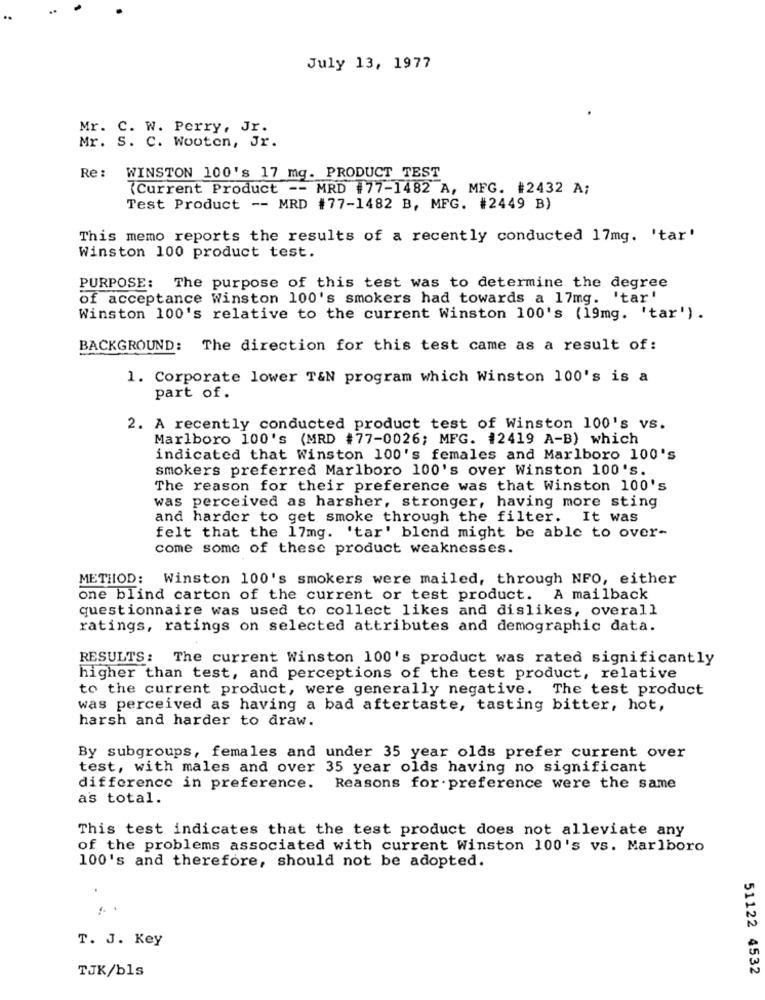
..
July 13, 1977
Mr. C. W. Perry, Jr.
Mr. S. C. Wooten, Jr.
Re :
WINSTON 100's 17 mg. PRODUCT TEST
(Current Product -- MRD #77-1482 A, MFG. #2432 A;
Test Product -- MRD #77-1482 B, MFG. #2449 B)
This memo reports the results of a recently conducted 17mg. 'tar'
Winston 100 product test.
PURPOSE: The purpose of this test was to determine the degree
of acceptance Winston 100's smokers had towards a 17mg. 'tar'
Winston 100's relative to the current Winston 100's (19mg. 'tar') .
BACKGROUND: The direction for this test came as a result of:
1. Corporate lower T&N program which Winston 100's is a
part of.
2. A recently conducted product test of Winston 100's vs.
Marlboro 100's (MRD #77-0026; MFG. #2419 A-B) which
indicated that Winston 100's females and Marlboro 100's
smokers preferred Marlboro 100's over Winston 100's.
The reason for their preference was that Winston 100's
was perceived as harsher, stronger, having more sting
and harder to get smoke through the filter. It was
felt that the 17mg. 'tar' blend might be able to over-
come some of these product weaknesses.
METHOD: Winston 100's smokers were mailed, through NFO, either
one blind carton of the current or test product. A mailback
questionnaire was used to collect likes and dislikes, overall
ratings, ratings on selected attributes and demographic data.
RESULTS: The current Winston 100's product was rated significantly
higher than test, and perceptions of the test product, relative
to the current product, were generally negative. The test product
was perceived as having a bad aftertaste, tasting bitter, hot,
harsh and harder to draw.
By subgroups, females and under 35 year olds prefer current over
test, with males and over 35 year olds having no significant
difference in preference. Reasons for . preference were the same
as total.
This test indicates that the test product does not alleviate any
of the problems associated with current Winston 100's vs. Marlboro
100's and therefore, should not be adopted.
T. J. Key
TJK/bls
51122 4532